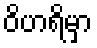
ဝိဟရိမှာ